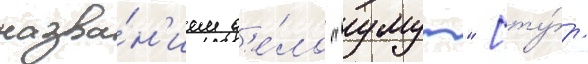
назва́н'ием д'е́ло "умут" [ту́р.